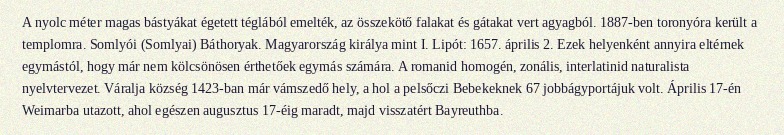
A nyolc méter magas bástyákat égetett téglából emelték, az összekötő falakat és gátakat vert agyagból. 1887-ben toronyóra került a templomra. Somlyói (Somlyai) Báthoryak. Magyarország királya mint I. Lipót: 1657. április 2. Ezek helyenként annyira eltérnek egymástól, hogy már nem kölcsönösen érthetőek egymás számára. A romanid homogén, zonális, interlatinid naturalista nyelvtervezet. Váralja község 1423-ban már vámszedő hely, a hol a pelsőczi Bebekeknek 67 jobbágyportájuk volt. Április 17-én Weimarba utazott, ahol egészen augusztus 17-éig maradt, majd visszatért Bayreuthba.